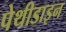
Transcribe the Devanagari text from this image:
पेथीडाइन